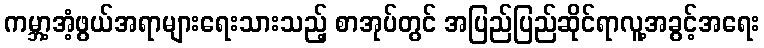
ကမ္ဘာ့အံ့ဖွယ်အရာများရေးသားသည့် စာအုပ်တွင် အပြည်ပြည်ဆိုင်ရာလူ့အခွင့်အရေး